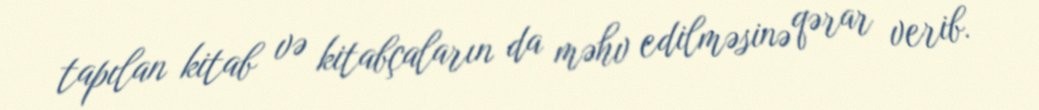
tapılan kitab və kitabçaların da məhv edilməsinə qərar verib.